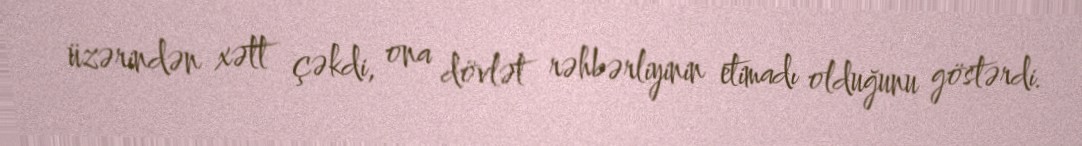
üzərindən xətt çəkdi, ona dövlət rəhbərliyinin etimadı olduğunu göstərdi.